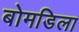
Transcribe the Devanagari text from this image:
बोमडिला